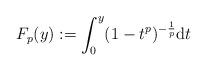
LaTeX: \begin{align*} F_p(y):=\int_0^y (1-t^p)^{-\frac{1}{p}}\mathrm{d}t\end{align*}